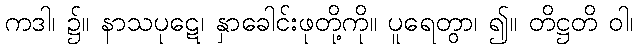
ကဒါ၊ ၌။ နာသပုဋေ၊ နှာခေါင်းဖုတို့ကို။ ပူရေတွာ၊ ၍။ တိဋ္ဌတိ ဝါ၊